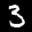
Label: 3